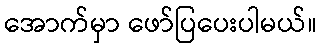
အောက်မှာ ဖော်ပြပေးပါမယ်။